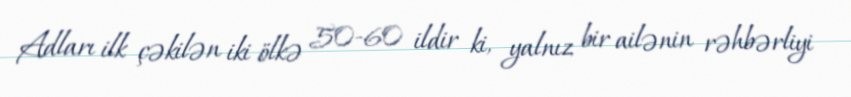
Adları ilk çəkilən iki ölkə 50-60 ildir ki, yalnız bir ailənin rəhbərliyi